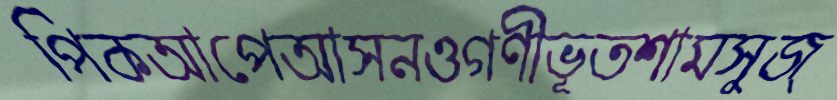
পিকআপেআসনওগণীভূতশামসুজ্